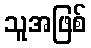
သူအဖြစ်